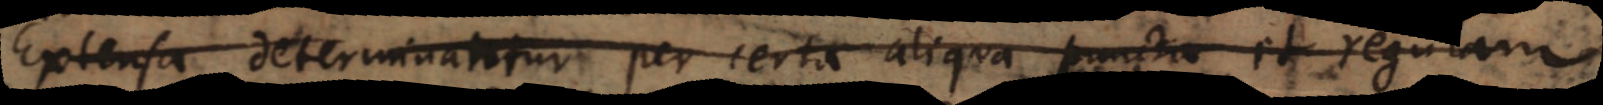
Extensa determinantur per certa aliqua puncta et regulam